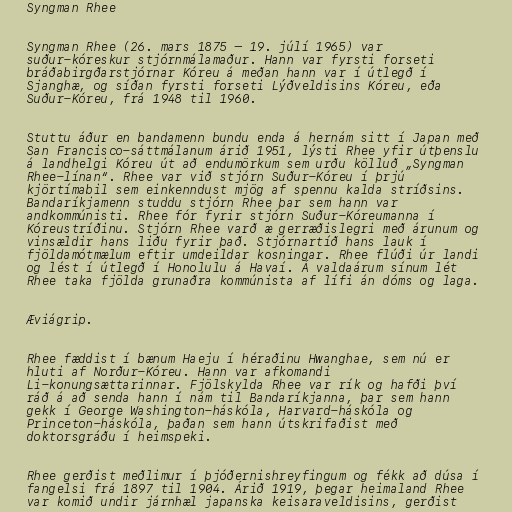
Syngman Rhee

Syngman Rhee (26. mars 1875 – 19. júlí 1965) var
suður-kóreskur stjórnmálamaður. Hann var fyrsti forseti
bráðabirgðarstjórnar Kóreu á meðan hann var í útlegð í
Sjanghæ, og síðan fyrsti forseti Lýðveldisins Kóreu, eða
Suður-Kóreu, frá 1948 til 1960.

Stuttu áður en bandamenn bundu enda á hernám sitt í Japan með
San Francisco-sáttmálanum árið 1951, lýsti Rhee yfir útþenslu
á landhelgi Kóreu út að endumörkum sem urðu kölluð „Syngman
Rhee-línan“. Rhee var við stjórn Suður-Kóreu í þrjú
kjörtímabil sem einkenndust mjög af spennu kalda stríðsins.
Bandaríkjamenn studdu stjórn Rhee þar sem hann var
andkommúnisti. Rhee fór fyrir stjórn Suður-Kóreumanna í
Kóreustríðinu. Stjórn Rhee varð æ gerræðislegri með árunum og
vinsældir hans liðu fyrir það. Stjórnartíð hans lauk í
fjöldamótmælum eftir umdeildar kosningar. Rhee flúði úr landi
og lést í útlegð í Honolulu á Havaí. Á valdaárum sínum lét
Rhee taka fjölda grunaðra kommúnista af lífi án dóms og laga.

Æviágrip.

Rhee fæddist í bænum Haeju í héraðinu Hwanghae, sem nú er
hluti af Norður-Kóreu. Hann var afkomandi
Li-konungsættarinnar. Fjölskylda Rhee var rík og hafði því
ráð á að senda hann í nám til Bandaríkjanna, þar sem hann
gekk í George Washington-háskóla, Harvard-háskóla og
Princeton-háskóla, þaðan sem hann útskrifaðist með
doktorsgráðu í heimspeki.

Rhee gerðist meðlimur í þjóðernishreyfingum og fékk að dúsa í
fangelsi frá 1897 til 1904. Árið 1919, þegar heimaland Rhee
var komið undir járnhæl japanska keisaraveldisins, gerðist